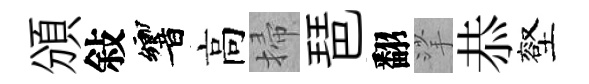
頒敍響高掃琶翻挲恭壑